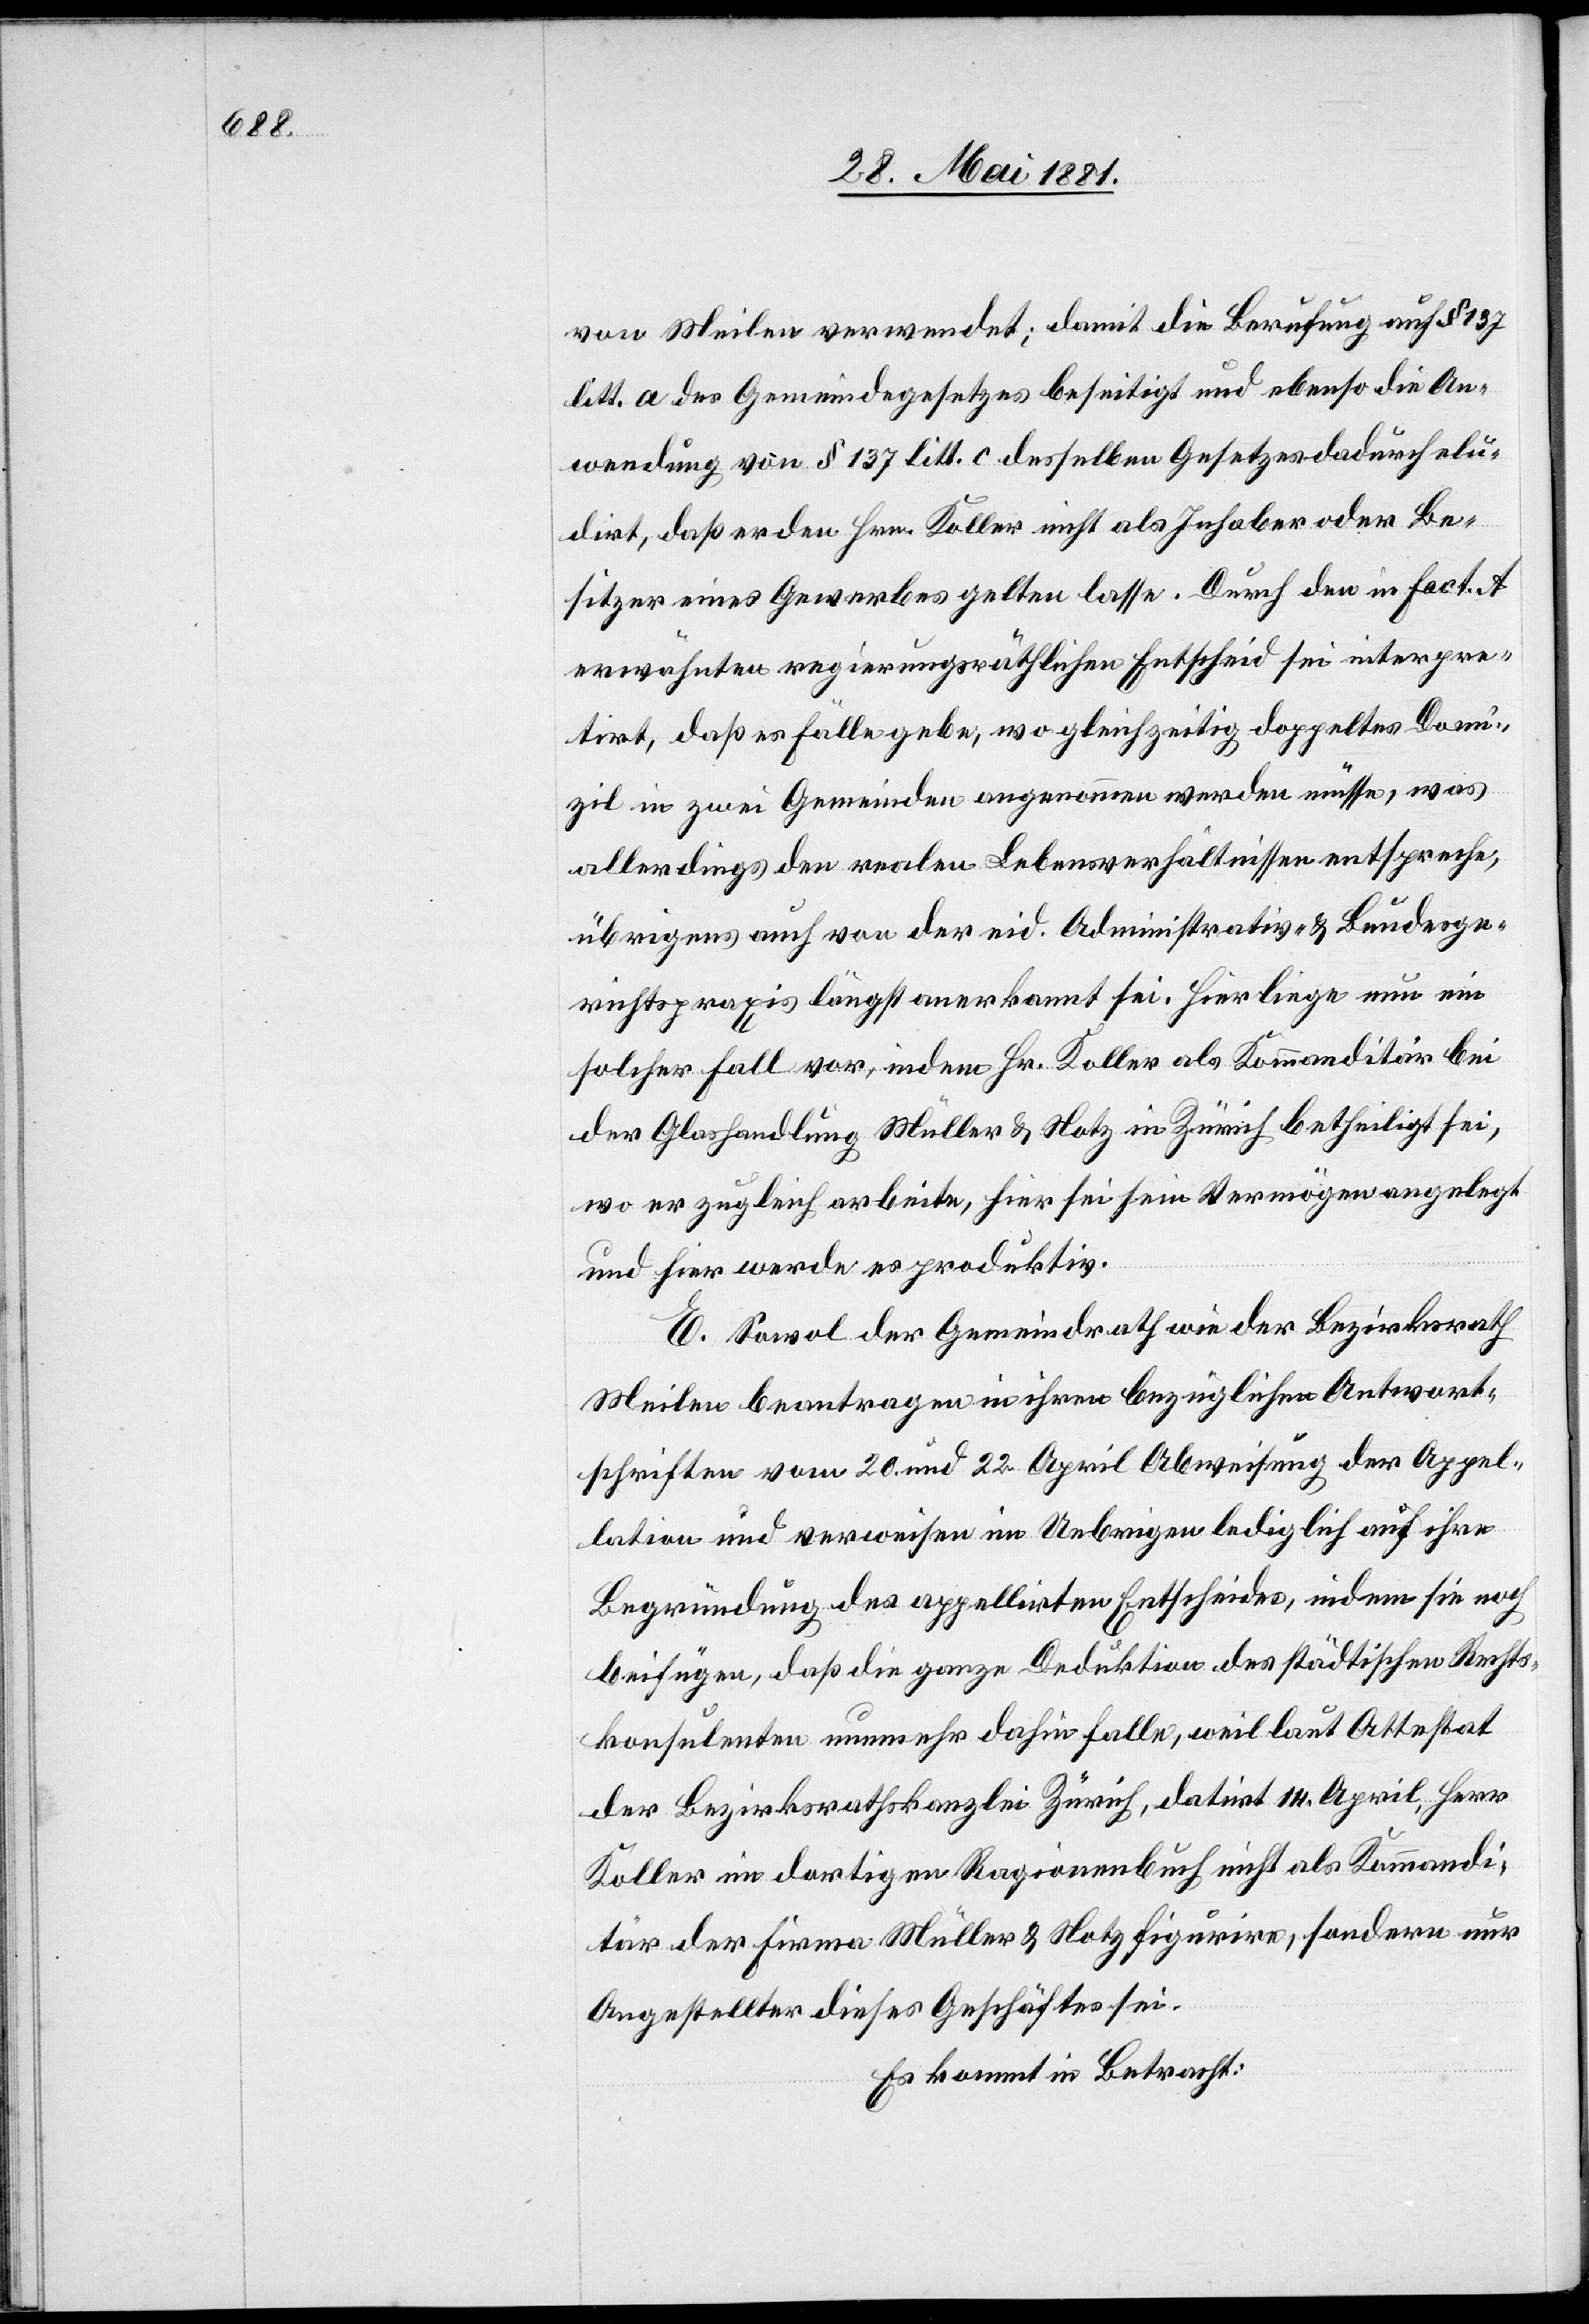
von Meilen verwendet; damit die Berufung auf § 137
litt. a des Gemeindegesetzes beseitigt und ebenso die An¬
wendung von § 137 litt. c desselben Gesetzes dadurch elu¬
dirt, daß er den Hrn. Koller nicht als Inhaber oder Be¬
sitzer eines Gewerbes gelten lasse. Durch den in Fact. A
erwähnten regierungsräthlichen Entscheid sei interpre¬
tirt, daß es Fälle gebe, wo gleichzeitig doppeltes Domi¬
zil in zwei Gemeinden angenommen werden müsse, was
allerdings den realen Lebensverhältnissen entspreche,
übrigens auch von der eid. Administrativ- & Bundesge¬
richtspraxis längst anerkannt sei. Hier liege nun ein
solcher Fall vor, indem Hr. Koller als Kommanditär bei
der Glashandlung Müller & Notz in Zürich betheiligt sei,
wo er zugleich arbeite, hier sei sein Vermögen angelegt
und hier werde es produktiv.
E. Sowol der Gemeindrath wie der Bezirksrath
Meilen beantragen in ihren bezüglichen Antwort¬
schriften vom 20. und 22. April Abweisung der Appel¬
lation und verweisen im Uebrigen lediglich auf ihre
Begründung des appellirten Entscheides, indem sie noch
beifügen, daß die ganze Deduktion des städtischen Rechts¬
konsulanten nunmehr dahin falle, weil laut Attestat
der Bezirksrathskanzlei Zürich, datirt 14. April, Herr
Koller im dortigen Ragionenbuch nicht als Kommandi¬
tär der Firma Müller & Notz figurire, sondern nur
Angestellter dieses Geschäftes sei.
Es kommt in Betracht: